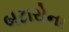
બટારોના